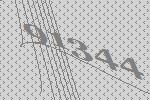
91344